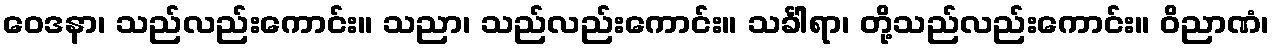
ဝေဒနာ၊ သည်လည်းကောင်း။ သညာ၊ သည်လည်းကောင်း။ သင်္ခါရာ၊ တို့သည်လည်းကောင်း။ ဝိညာဏံ၊